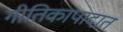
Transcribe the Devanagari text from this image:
गीतिकापादात